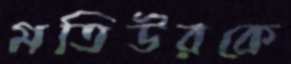
মতিউরকে